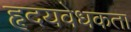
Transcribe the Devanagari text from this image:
हृदयवेधकता